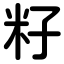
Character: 籽